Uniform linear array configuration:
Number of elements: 4
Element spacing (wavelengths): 1
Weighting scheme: blackman
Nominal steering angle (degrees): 0
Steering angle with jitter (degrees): -0.6839
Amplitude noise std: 0.05
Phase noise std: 0.05

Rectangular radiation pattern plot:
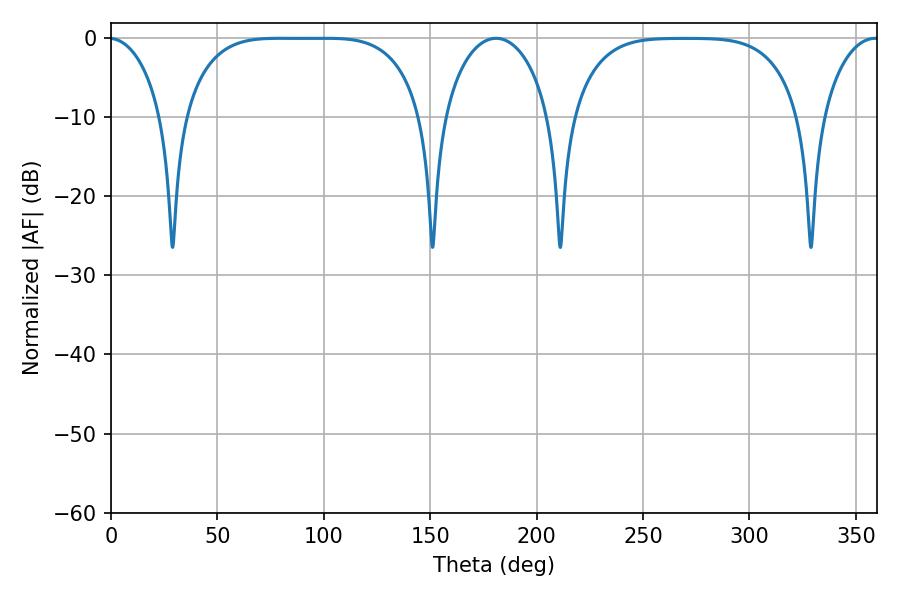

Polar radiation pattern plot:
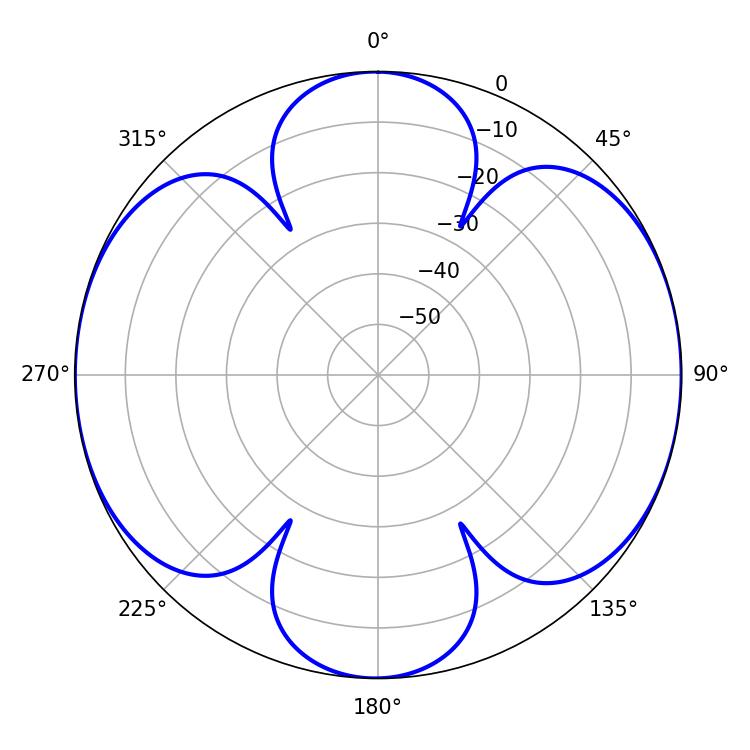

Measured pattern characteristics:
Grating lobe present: TRUE
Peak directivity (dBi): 14.616
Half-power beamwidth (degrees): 85.68
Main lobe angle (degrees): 79.56